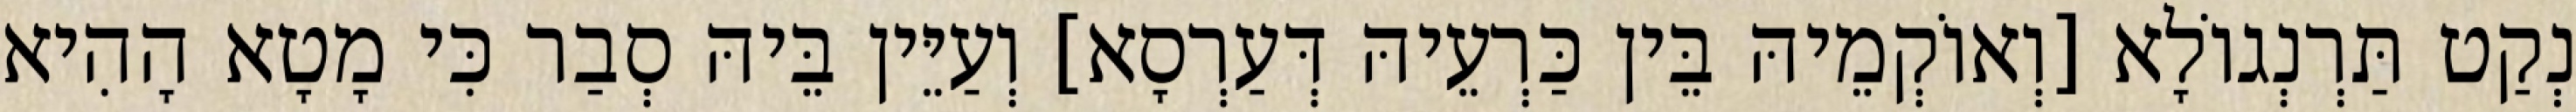
נְקַט תַּרְנְגוֹלָא [וְאוֹקְמֵיהּ בֵּין כַּרְעֵיהּ דְּעַרְסָא] וְעַיֵּין בֵּיהּ סְבַר כִּי מָטָא הָהִיא